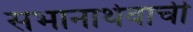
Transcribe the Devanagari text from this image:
सभानार्थवाची